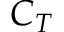
C _ { T }